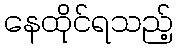
နေထိုင်ရသည့်